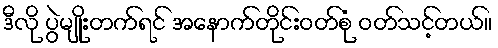
ဒီလို ပွဲမျိုးတက်ရင် အနောက်တိုင်းဝတ်စုံ ဝတ်သင့်တယ်။